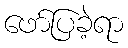
ဖော်ပြခဲ့ရာ